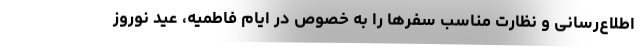
اطلاع‌رسانی و نظارت مناسب سفرها را به خصوص در ایام فاطمیه، عید نوروز